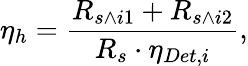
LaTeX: \eta_{h}=\frac{R_{s\wedge i1}+R_{s\wedge i2}}{R_{s}\cdot\eta_{Det,i}},